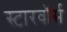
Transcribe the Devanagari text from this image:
स्टारवॉर्स